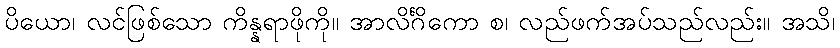
ပိယော၊ လင်ဖြစ်သော ကိန္နရာဖိုကို။ အာလိင်္ဂိကော စ၊ လည်ဖက်အပ်သည်လည်း။ အသိ၊